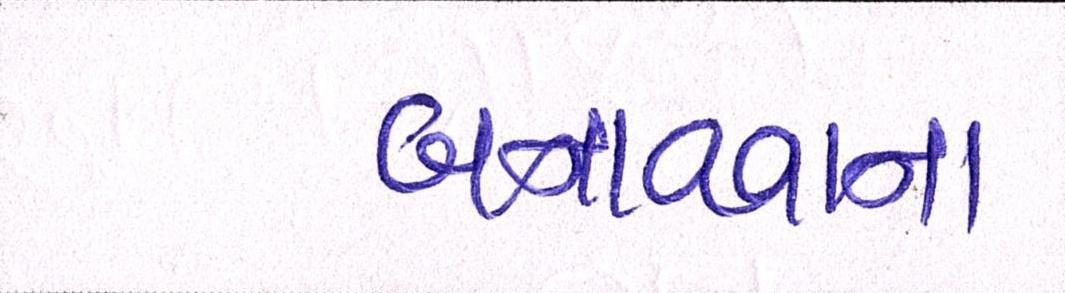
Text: બનાવવાના